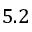
5 . 2